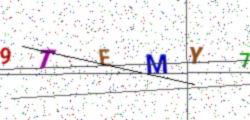
Text: 9TEMY7